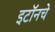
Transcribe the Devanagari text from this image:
इटॉनचे